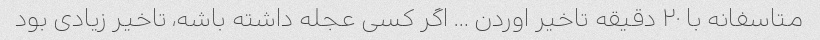
متاسفانه با ٢٠ دقیقه تاخیر اوردن … اگر کسی عجله داشته باشه، تاخیر زیادی بود